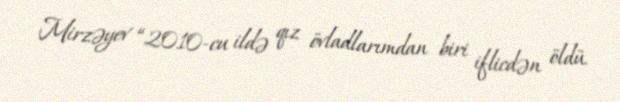
Mirzəyev “2010-cu ildə qız övladlarımdan biri iflicdən öldü.